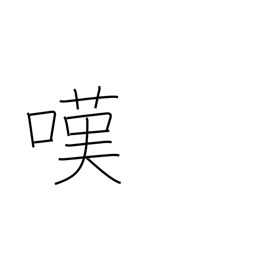
Meaning: lament